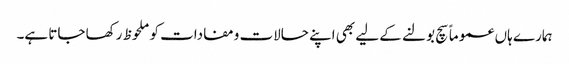
ہمارے ہاں عموماً سچ بولنے کے لیے بھی اپنے حالات ومفادات کو ملحوظ رکھا جاتا ہے۔